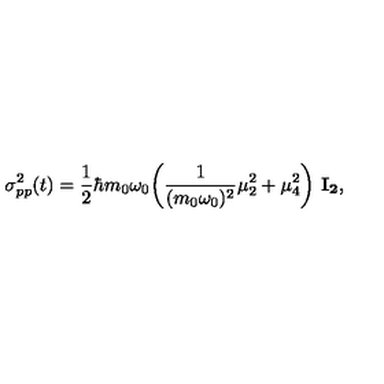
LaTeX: \sigma _ { p p } ^ { 2 } ( t ) = { \frac { 1 } { 2 } } \hbar m _ { 0 } \omega _ { 0 } \biggl ( { \frac { 1 } { ( m _ { 0 } \omega _ { 0 } ) ^ { 2 } } } \mu _ { 2 } ^ { 2 } + \mu _ { 4 } ^ { 2 } \biggr ) \ { \bf I _ { 2 } } ,